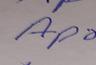
Signature authenticity: forged